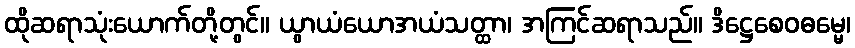
ထိုဆရာသုံးယောက်တို့တွင်။ ယွာယံယောအယံသတ္ထာ၊ အကြင်ဆရာသည်။ ဒိဋ္ဌေစေဝဓမ္မေ၊